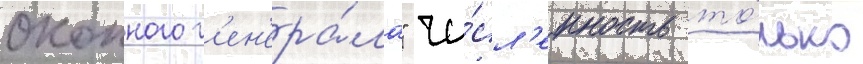
окопного г'ен'ера́ла" чи́сл'енность то́лько